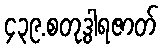
၄၃၉.စတုဒွါရဇာတ်